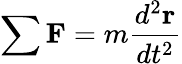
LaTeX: \sum\mathbf{F}=m{\frac{d^{2}\mathbf{r}}{dt^{2}}}